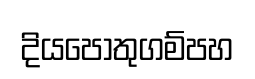
දියපොතුගම්පහ